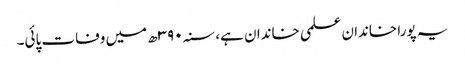
یہ پورا خاندان علمی خاندان ہے، سنہ ۳۹۰ھ میں وفات پائی۔